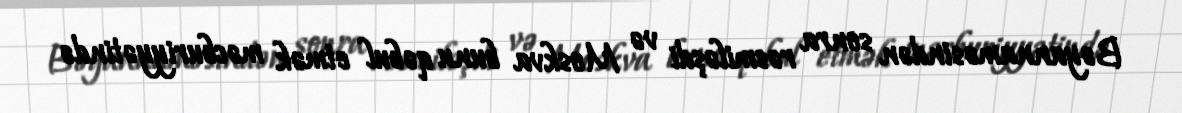
Bəyannaməsindən sonra rəsmiləşdi və Moskva bunu qəbul etmək məcburiyyətində